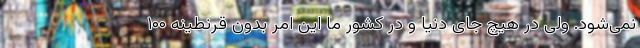
نمی‌شود. ولی در هیچ جای دنیا و در کشور ما این امر بدون قرنطینه ۱۰۰